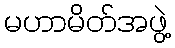
မဟာမိတ်အဖွဲ့